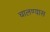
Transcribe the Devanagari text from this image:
चालण्यास